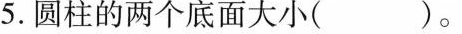
5.圆柱的两个底面大小()。